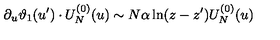
\partial _ { u } \vartheta _ { 1 } ( u ^ { \prime } ) \cdot U _ { N } ^ { ( 0 ) } ( u ) \sim N \alpha \ln ( z - z ^ { \prime } ) U _ { N } ^ { ( 0 ) } ( u )